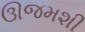
ઊજમશી